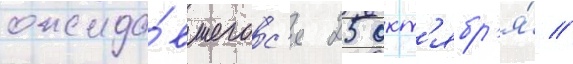
ожида́вшегос'я 25 окт'ябр'я́ //